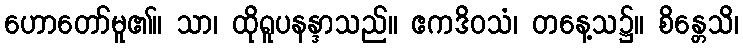
ဟောတော်မူ၏။ သာ၊ ထိုရူပနန္ဒာသည်။ ဧကဒိဝသံ၊ တနေ့သ၌။ စိန္တေသိ၊